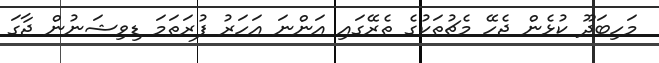
މަހިބަދޫ ކުޅެން ޖެހޭ މެޗުތަކުގެ ތެރޭގައި އަންނަ އަހަރު ފުރަތަމަ ޑިވިޝަނުން ޖާގަ